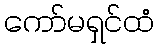
ကော်မရှင်ထံ